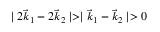
\mid 2 \vec { k } _ { 1 } - 2 \vec { k } _ { 2 } \mid > \mid \vec { k } _ { 1 } - \vec { k } _ { 2 } \mid > 0